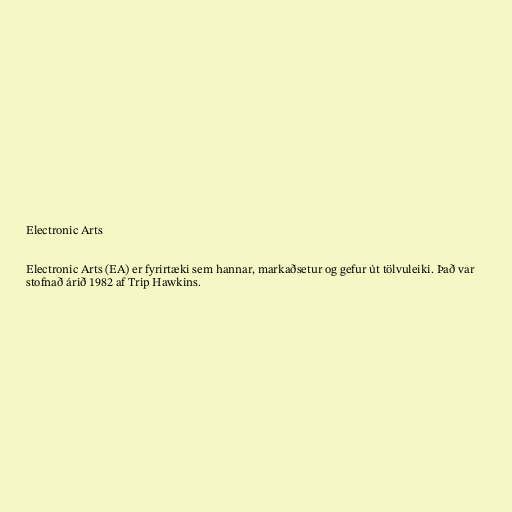
Electronic Arts

Electronic Arts (EA) er fyrirtæki sem hannar, markaðsetur og gefur út tölvuleiki. Það var
stofnað árið 1982 af Trip Hawkins.